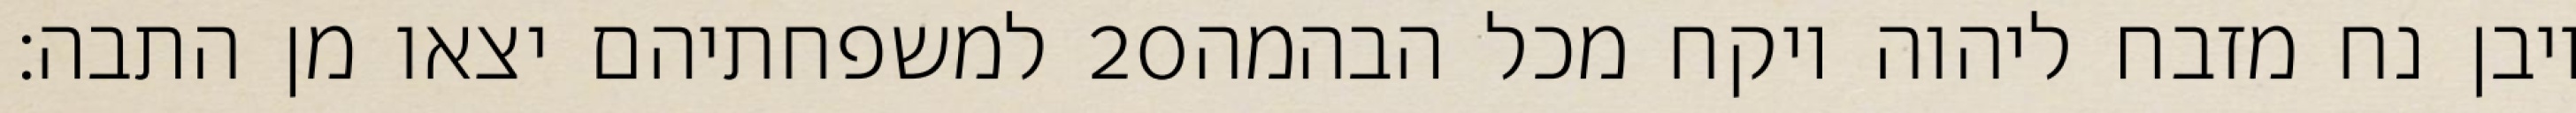
למשפחתיהם יצאו מן התבה׃ ‎20‏ ויבן נח מזבח ליהוה ויקח מכל הבהמה